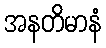
အနတိမာနံ